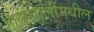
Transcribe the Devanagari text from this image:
हालचालींमधील